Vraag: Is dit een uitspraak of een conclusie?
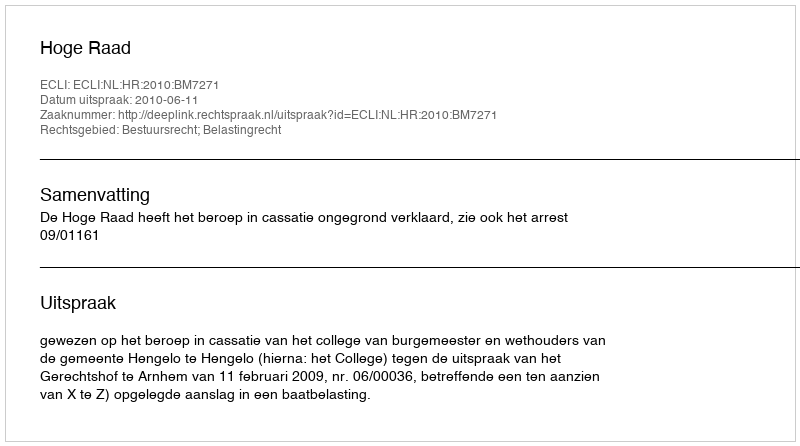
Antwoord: Uitspraak